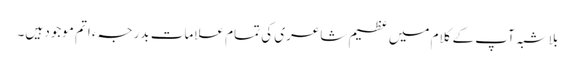
بلاشبہ آپ کے کلام میں عظیم شاعری کی تمام علامات بدرجہء اتم موجود ہیں۔